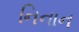
નિનાન